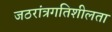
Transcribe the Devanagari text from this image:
जठरांत्रगतिशीलता